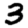
Digit: 3